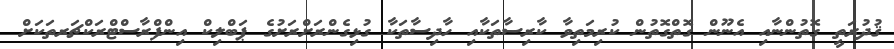
ޤުދުރަތީ ގޮތުންނާއި އެނޫން ގޮތްގޮތުން ކުރިމަތިވާ ކާރިސާތަކާއި ހާދިސާތަކާ ގުޅިގެންރަށްރަށުގެ ޕަބްލިކް އިންފްރާސްޓްރަކްޗަރތަކަށް